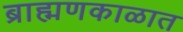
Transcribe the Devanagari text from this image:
ब्राह्मणकाळात